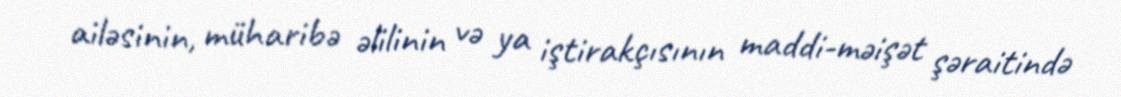
ailəsinin, müharibə əlilinin və ya iştirakçısının maddi-məişət şəraitində